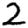
Digit: 2